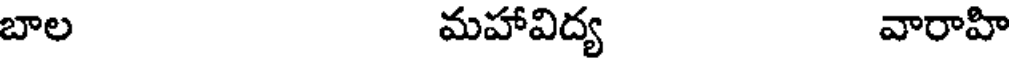
బాల మహావిద్య వారాహి